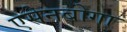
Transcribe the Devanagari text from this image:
एसेनबोगा